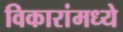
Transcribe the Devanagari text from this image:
विकारांमध्ये